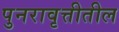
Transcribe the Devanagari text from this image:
पुनरावृत्तीतील